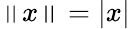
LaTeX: \left\| x\right\| =\left|x\right|